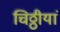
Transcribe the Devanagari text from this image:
चिठ्ठीयां